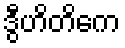
ဒွီဟိတိကေ